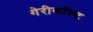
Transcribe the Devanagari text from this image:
गेरीकॉल्ट